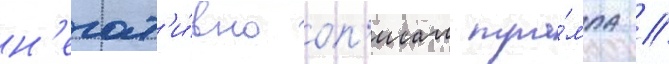
н'егат'и́вно оп'исал тра́мпа /